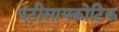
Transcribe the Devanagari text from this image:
एंटीसायकोटिक